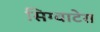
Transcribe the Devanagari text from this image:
सिग्वाटेरा